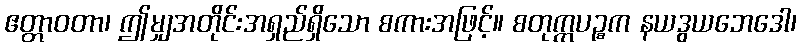
ဧတ္တာဝတာ၊ ဤမျှအတိုင်းအရှည်ရှိသော စကားအဖြင့်။ စတုက္ကပဉ္စက နယဒွယဘေဒေါ၊